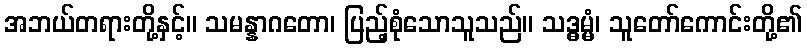
အဘယ်တရားတို့နှင့်။ သမန္နာဂတော၊ ပြည့်စုံသောသူသည်။ သဒ္ဓမ္မံ၊ သူတော်ကောင်းတို့၏